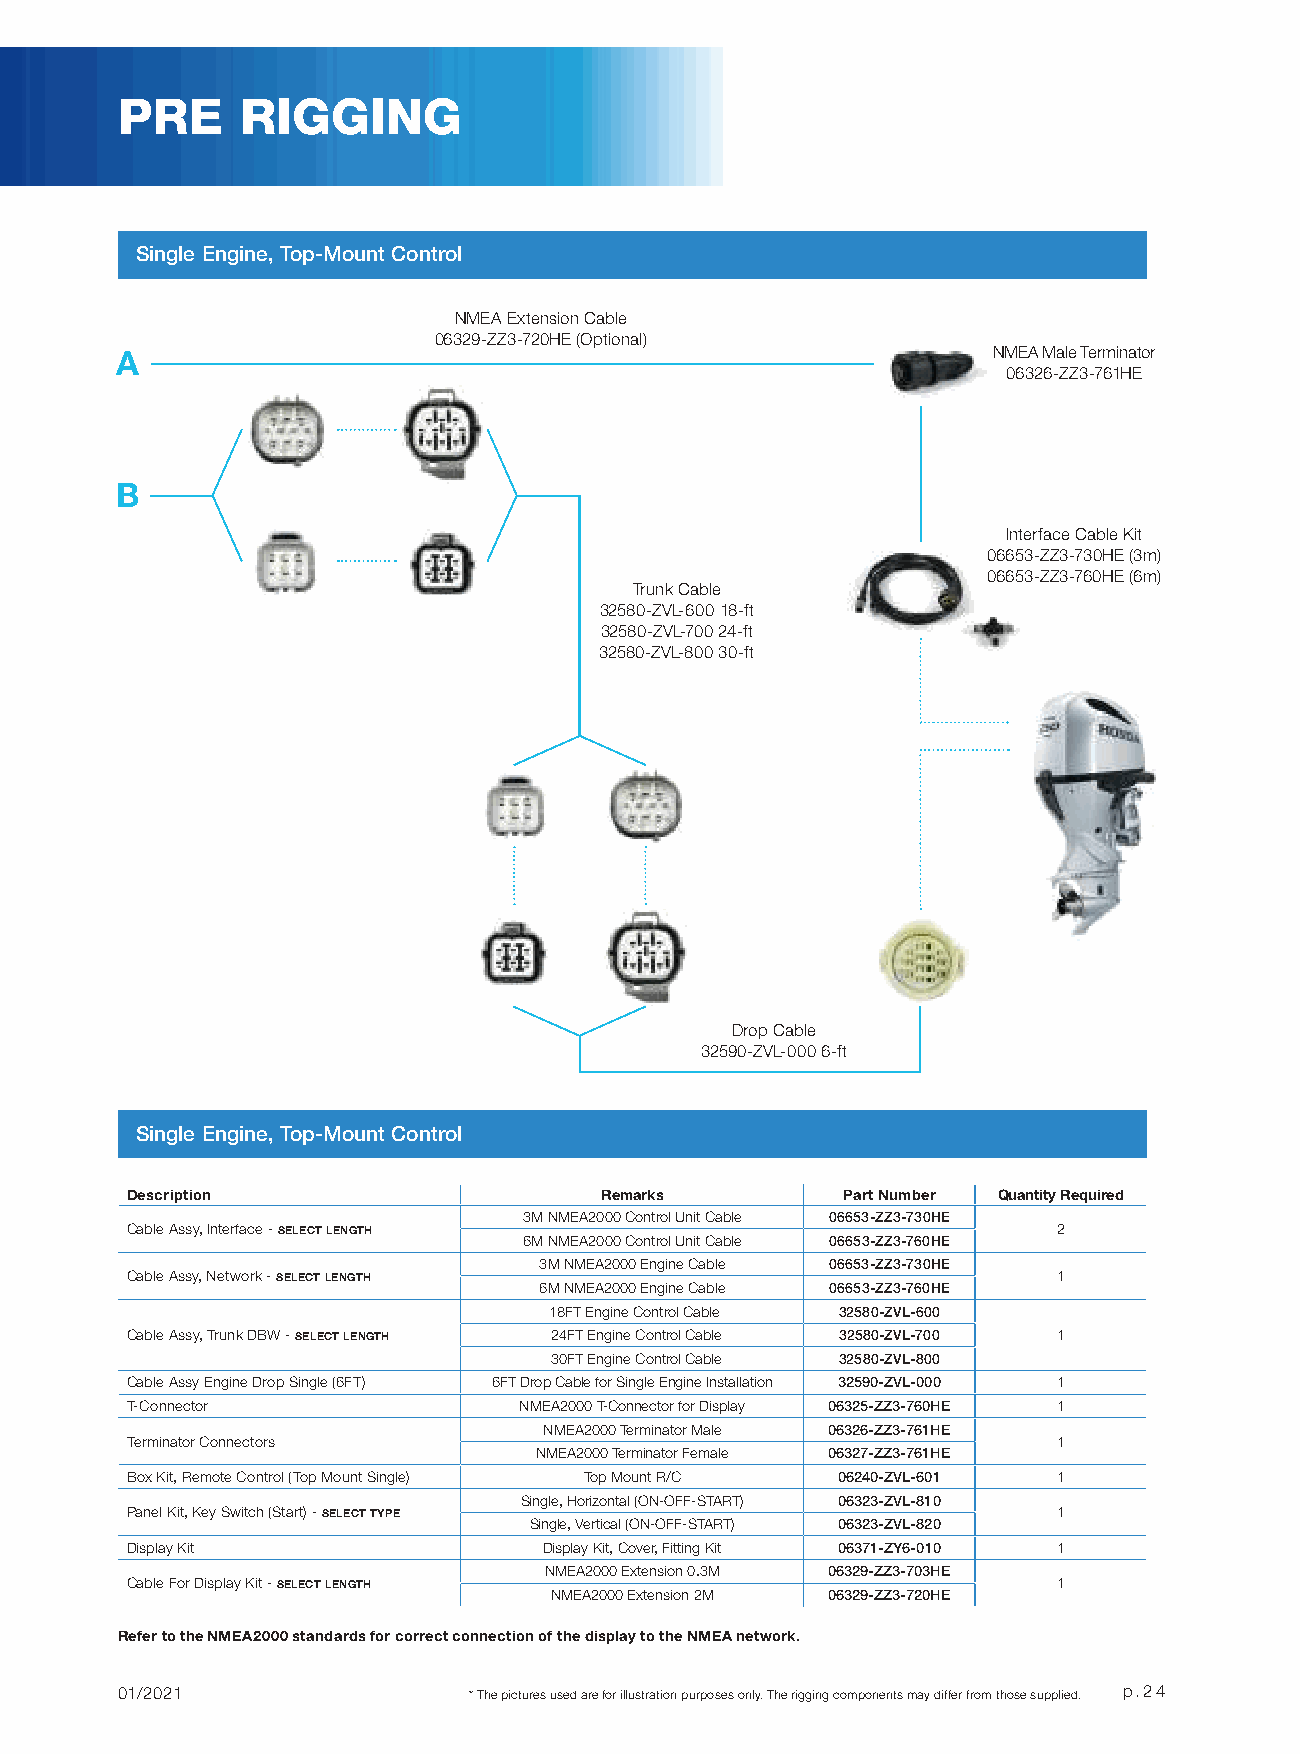
PRE     RIGGING
 Single Engine, Top-Mount Control
 NMEA Extension Cable
 06329-ZZ3-720HE (Optional)
 A                                                         NMEA Male Terminator
 06326-ZZ3-761HE
 B
 Interface Cable Kit
 06653-ZZ3-730HE (3m)
 06653-ZZ3-760HE (6m)
 Trunk Cable
 32580-ZVL-600 18-ft
 32580-ZVL-700 24-ft
 32580-ZVL-800 30-ft
 Drop Cable
 32590-ZVL-000 6-ft
 Single Engine, Top-Mount Control
 Description                     Remarks         Part Number Quantity Required
 3M NMEA2000 Control Unit Cable 06653-ZZ3-730HE
 Cable Assy, Interface - SELECT LENGTH                         2
 6M NMEA2000 Control Unit Cable 06653-ZZ3-760HE
 3M NMEA2000 Engine Cable 06653-ZZ3-730HE
 Cable Assy, Network - SELECT LENGTH                           1
 6M NMEA2000 Engine Cable 06653-ZZ3-760HE
 18FT Engine Control Cable 32580-ZVL-600
 Cable Assy, Trunk DBW - SELECT LENGTH 24FT Engine Control Cable 32580-ZVL-700 1
 30FT Engine Control Cable 32580-ZVL-800
 Cable Assy Engine Drop Single (6FT) 6FT Drop Cable for Single Engine Installation 32590-ZVL-000 1
 T-Connector               NMEA2000 T-Connector for Display 06325-ZZ3-760HE 1
 NMEA2000 Terminator Male 06326-ZZ3-761HE
 Terminator Connectors                                         1
 NMEA2000 Terminator Female 06327-ZZ3-761HE
 Box Kit, Remote Control (Top Mount Single) Top Mount R/C 06240-ZVL-601 1
 Single, Horizontal (ON-OFF-START) 06323-ZVL-810
 Panel Kit, Key Switch (Start) - SELECT TYPE                   1
 Single, Vertical (ON-OFF-START) 06323-ZVL-820
 Display Kit                 Display Kit, Cover, Fitting Kit 06371-ZY6-010 1
 NMEA2000 Extension 0.3M 06329-ZZ3-703HE
 Cable For Display Kit - SELECT LENGTH                         1
 NMEA2000 Extension 2M 06329-ZZ3-720HE
 Refer to the NMEA2000 standards for correct connection of the display to the NMEA network.
 01/2021                * The pictures used are for illustration purposes only. The rigging components may differ from those supplied. p.24